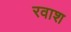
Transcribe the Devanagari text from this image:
रवाश